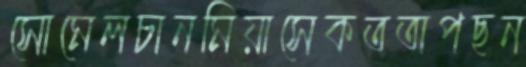
সোমেলচানমিয়াসেকতঅপছন